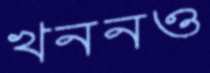
খননও